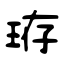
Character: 珔